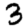
Digit: 3